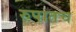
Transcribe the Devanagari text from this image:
रुपातच